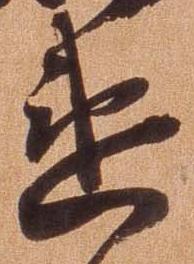
違